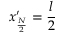
x _ { \frac { N } { 2 } } ^ { \prime } = \frac { l } { 2 }